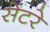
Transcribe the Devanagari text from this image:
सेंटरे